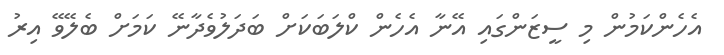
އެހެންކަމުން މި ސީޒަންގައި އޭނާ އެހެން ކްލަބަކަށް ބަދަލުވެދާނޭ ކަމަށް ބެލޭވޭ އިރު